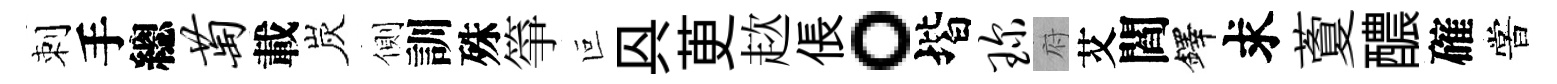
刺手總萄載炭側訓殊箏叵㒷茰趑倀。堦琛府艾閻鐸求藑醲確嘗